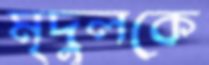
মৃদুলকে